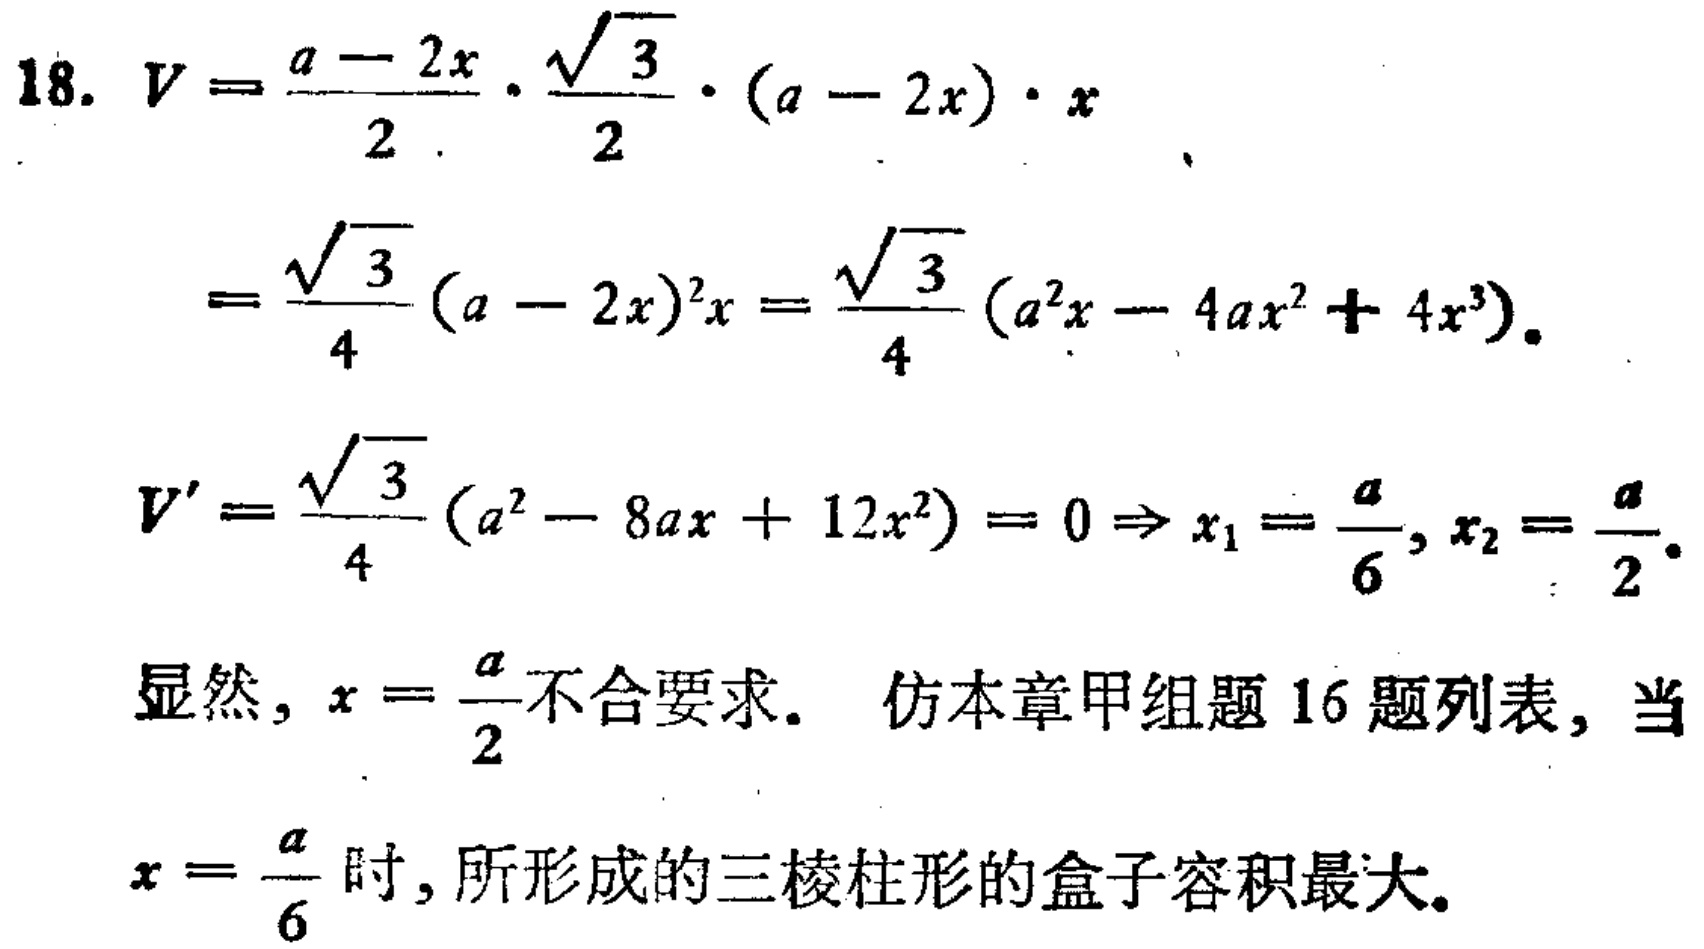
\begin{align*}
18.\ V&=\frac{a - 2x}{2}\cdot\frac{\sqrt{3}}{2}\cdot(a - 2x)\cdot x\\
&=\frac{\sqrt{3}}{4}(a - 2x)^2x=\frac{\sqrt{3}}{4}(a^2x - 4ax^2 + 4x^3).\\
V'&=\frac{\sqrt{3}}{4}(a^2 - 8ax + 12x^2)=0\Rightarrow x_1=\frac{a}{6},x_2=\frac{a}{2}.
\end{align*}
显然，$x = \frac{a}{2}$不合要求。 仿本章甲组题16题列表，当$x = \frac{a}{6}$时，所形成的三棱柱形的盒子容积最大。